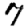
Digit: 7